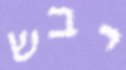
יבש